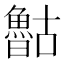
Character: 𰉈